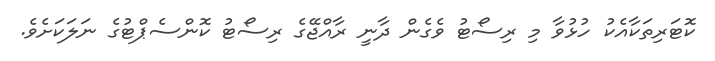
ކޮޓަރިތަކާއެކު ހުޅުވާ މި ރިސޯޓު ވެގެން ދާނީ ރާއްޖޭގެ ރިސޯޓު ކޮންސެޕްޓުގެ ނަލަކަށެވެ.